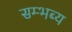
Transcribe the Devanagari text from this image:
सम्भब्य